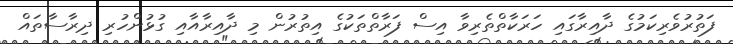
ފަތުރުވެރިކަމުގެ ދާއިރާގައި ހަރަކާތްތެރިވާ އިސް ފަރާތްތަކުގެ އިތުރުން މި ދާއިރާއާއި ގުޅުންހުރި ދިރާސާތައް